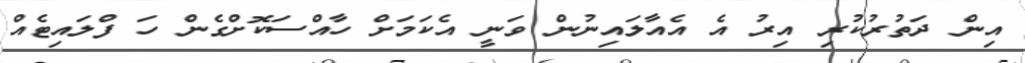
އިން ދަތުރުކުރި އިރު އެ އެއާލައިނުން ވަނީ އެކަމަށް ހާއްސަކޮށްގެން ހަ ފްލައިޓެއް